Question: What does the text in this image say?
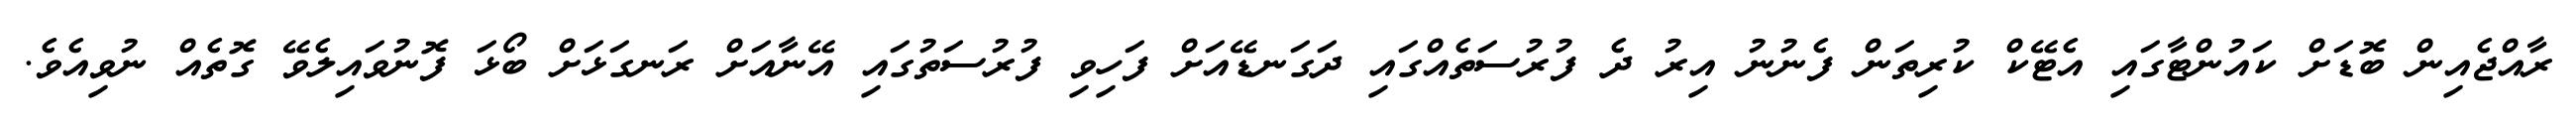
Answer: ރާއްޖެއިން ބޮޑަށް ކައުންޓާގައި އެޓޭކް ކުރިތަން ފެނުނު އިރު ދެ ފުރުސަތެއްގައި ދަގަނޑޭއަށް ފަހިވި ފުރުސަތުގައި އޭނާއަށް ރަނގަޅަށް ބޯޅަ ފޮނުވައިލެވޭ ގޮތެއް ނުވިއެވެ.